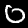
Digit: 0